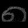
Digit: ၈